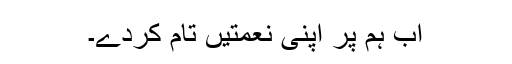
اب ہم پر اپنی نعمتیں تامّ کردے۔